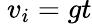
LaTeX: \ v_{i}=gt